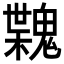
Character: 𩳶